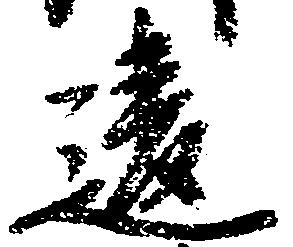
違